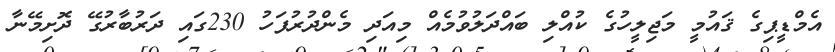
އެމްޑީޕިގެ ޤައުމީ މަޖިލީހުގެ ކުއްލި ބައްދަލުވުމެއް މިއަދި މެންދުރުފަހު 230ގައި ދަރުބާރުގޭ ދޮށިމޭނާ